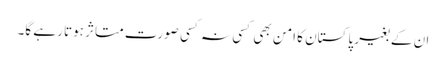
ان کے بغیر پاکستان کا امن بھی کسی نہ کسی صورت متاثر ہوتا رہے گا۔